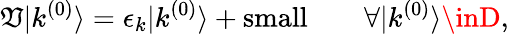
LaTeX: \mathfrak{V}|k^{(0)}\rangle=\epsilon_{k}|k^{(0)}\rangle+{\mathrm{{small}}}\qquad\forall|k^{(0)}\rangle\inD,